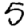
Digit: 5